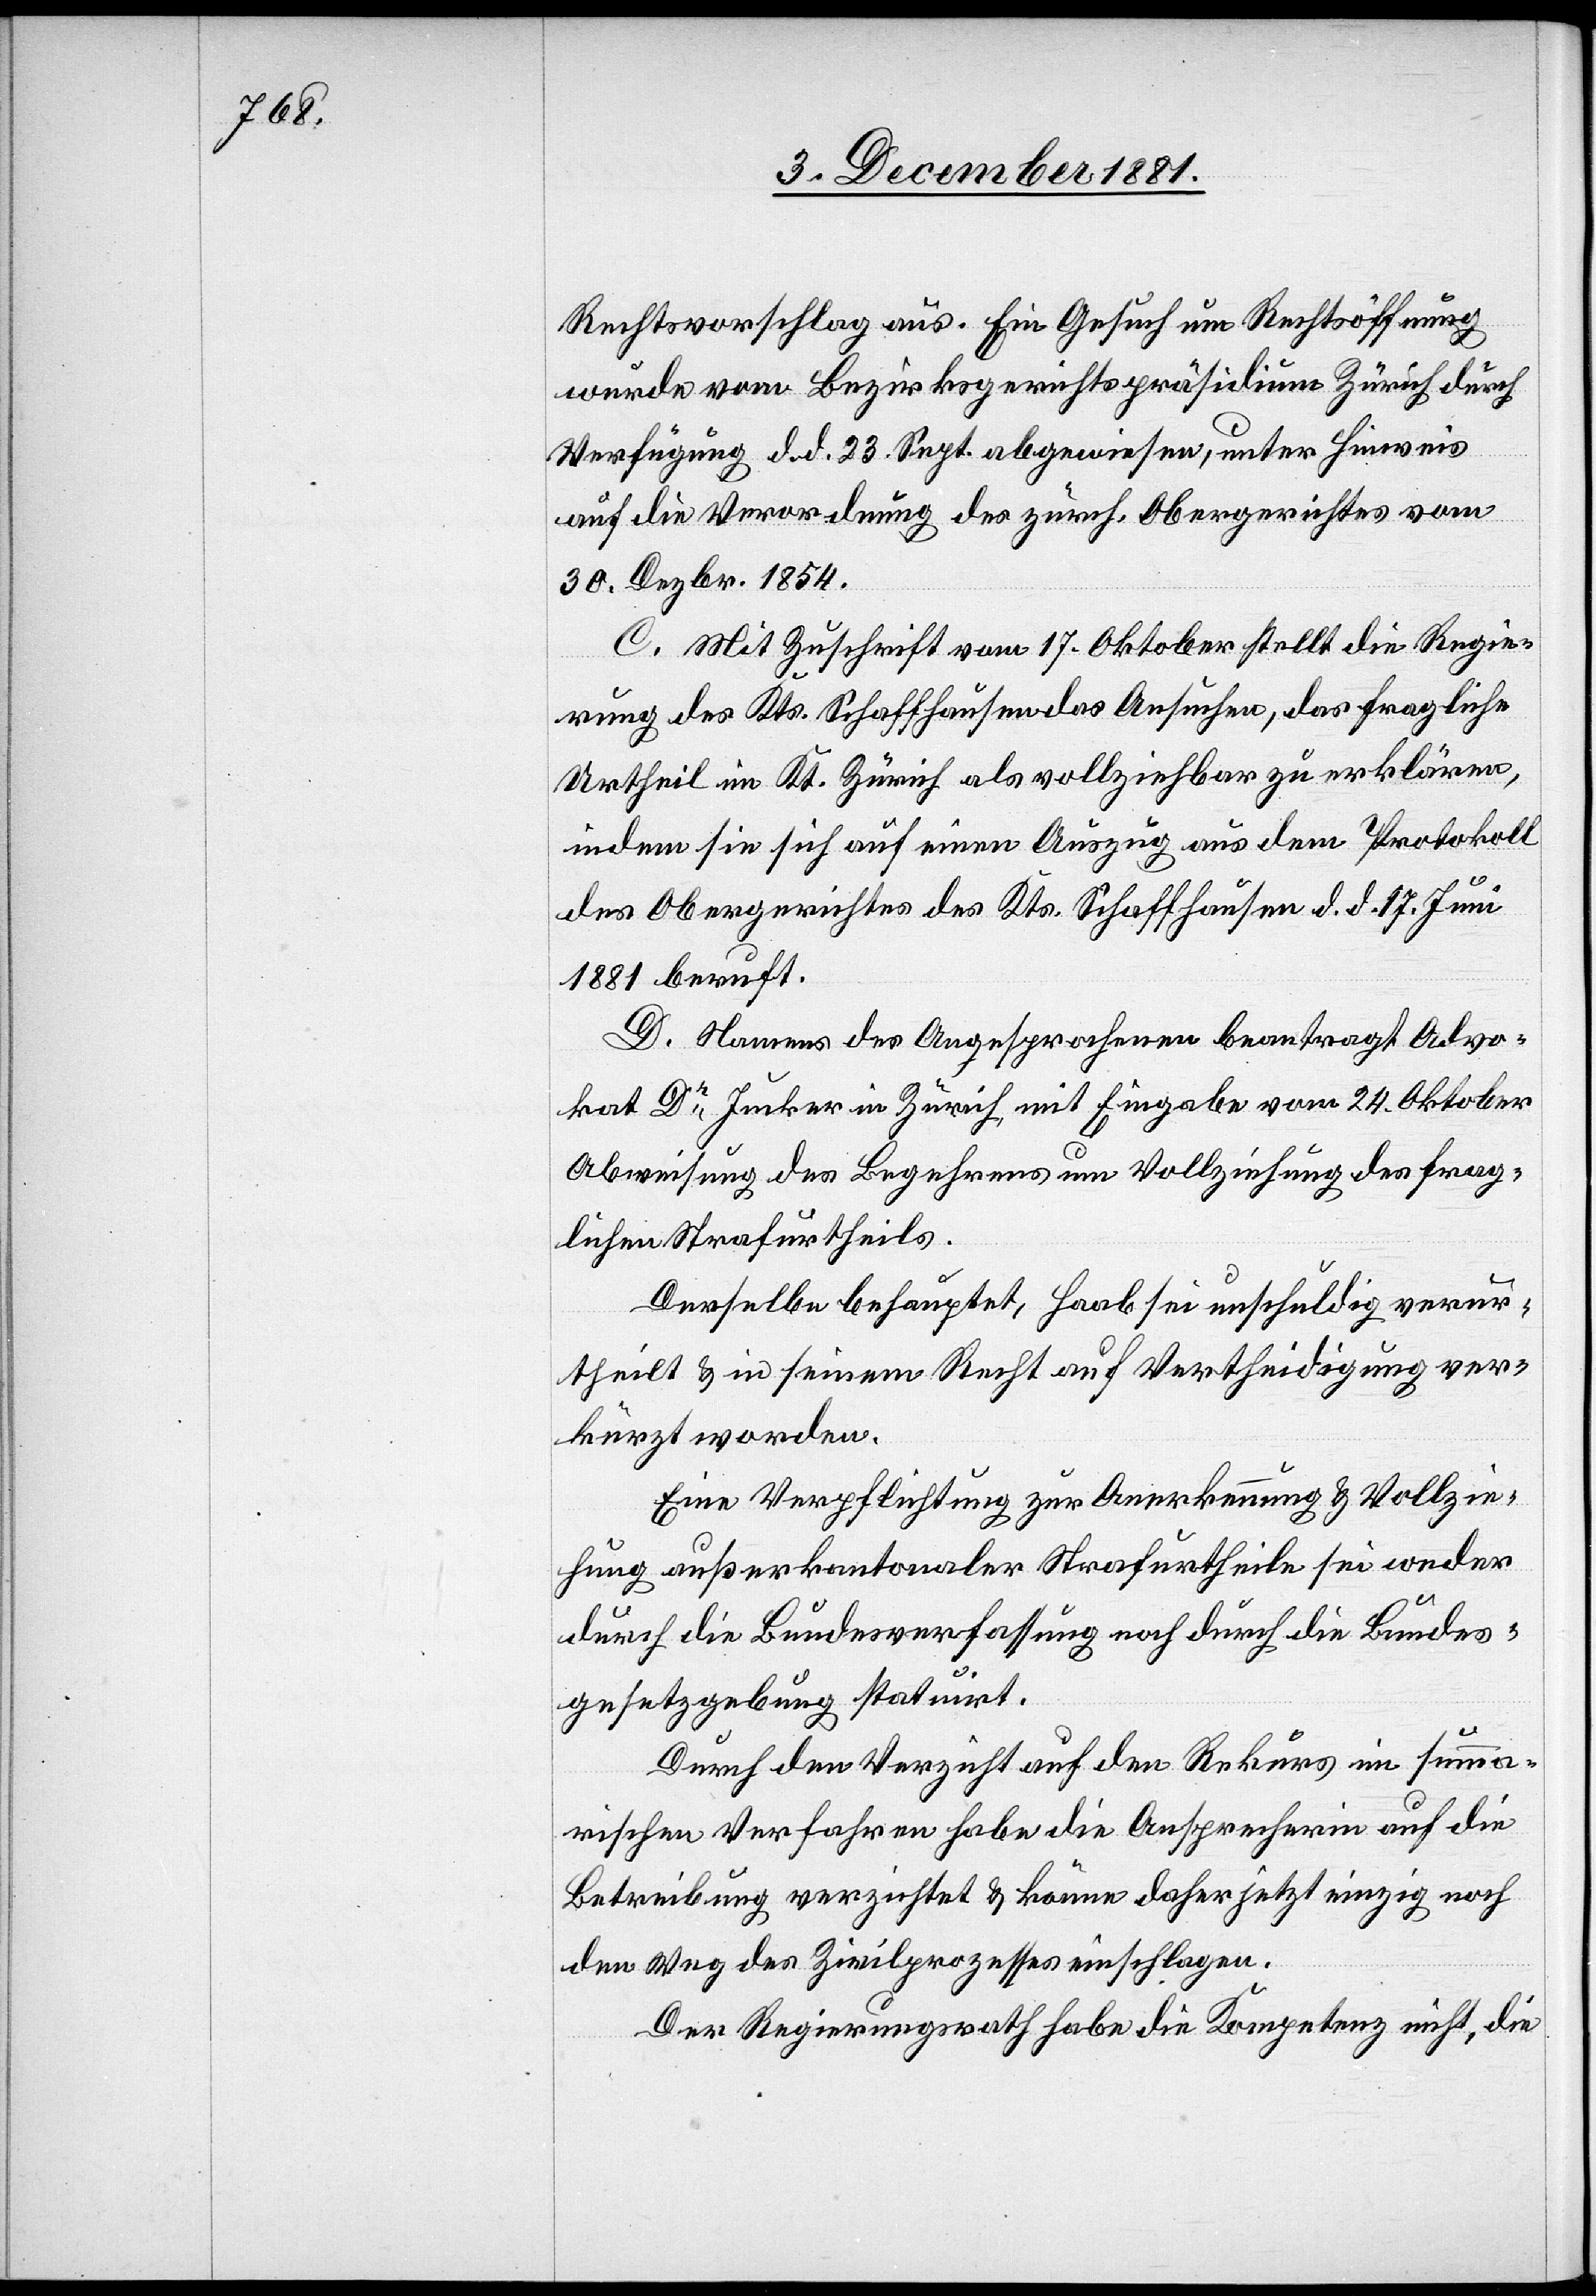
Rechtsvorschlag aus. Ein Gesuch um Rechtsöffnung
wurde vom Bezirksgerichtspräsidium Zürich durch
Verfügung d. d. 23. Sept. abgewiesen, unter Hinweis
auf die Verordnung des zürch. Obergerichtes vom
30. Dezbr. 1854.
C. Mit Zuschrift vom 17. Oktober stellt die Regie¬
rung des Kts. Schaffhausen das Ansuchen, das fragliche
Urtheil im Kt. Zürich als vollziehbar zu erklären,
indem sie sich auf einen Auszug aus dem Protokoll
des Obergerichtes des Kts. Schaffhausen d. d. 17. Juni
1881 beruft.
D. Namens des Angesprochenen beantragt Advo¬
kat Dr Jucker in Zürich, mit Eingabe vom 24. Oktober
Abweisung des Begehrens um Vollziehung des frag¬
lichen Strafurtheils.
Derselbe behauptet, Haab sei unschuldig verur¬
theilt & in seinem Recht auf Vertheidigung ver¬
kürzt worden.
Eine Verpflichtung zur Anerkennung & Vollzie¬
hung außerkantonaler Strafurtheile sei weder
durch die Bundesverfassung noch durch die Bundes¬
gesetzgebung statuirt.
Durch den Verzicht auf den Rekurs im summa¬
rischen Verfahren habe die Ansprecherin auf die
Betreibung verzichtet & könne daher jetzt einzig noch
den Weg des Zivilprozesses einschlagen.
Der Regierungsrath habe die Kompetenz nicht, die